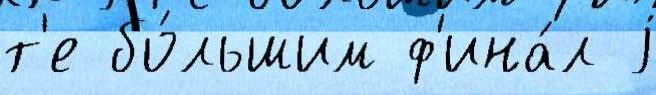
т'е бо́льшим ф'ина́л j